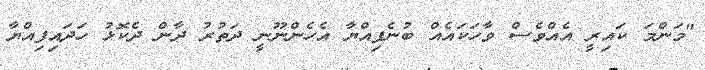
"މަންމަ ކައިރީ އެއްވެސް ވާހަކައެއް ބުނެފިއްޔާ އެހެންނޫނީ ދަތުރު ދާން ދެކޮޅު ހަދައިފިއްޔާ